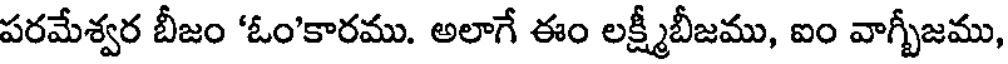
పరమేశ్వర బీజం 'ఓం'కారము. అలాగే ఈం లక్ష్మీబీజము, ఐం వాగ్బీజము,